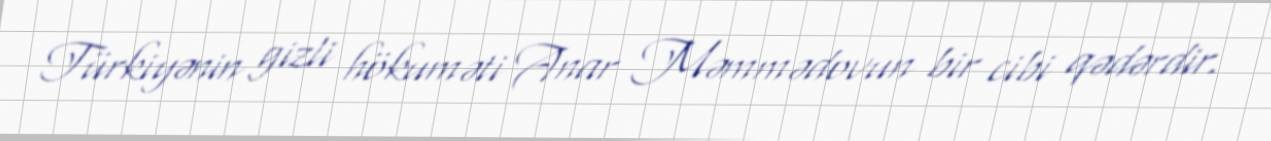
Türkiyənin gizli hökuməti Anar Məmmədovun bir cibi qədərdir.